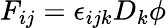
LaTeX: F_{ij}=\epsilon_{ijk}D_{k}\phi